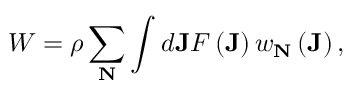
W = \rho \sum _ { \mathbf { N } } \int d \mathbf { J } F \left( \mathbf { J } \right) w _ { \mathbf { N } } \left( \mathbf { J } \right) ,